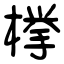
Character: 﨔